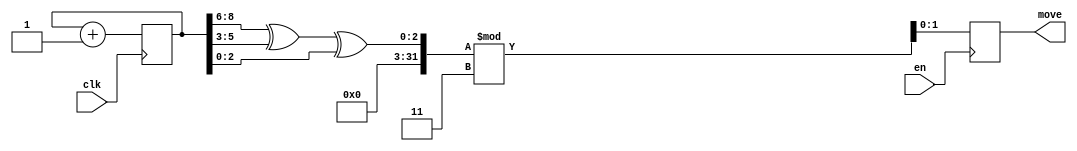
module CPUPlayer(clk, en, move);

input clk;
input en;
output [1:0] move;

reg [8:0] counter = 0;
reg [8:0] counter_d = 0;
reg [1:0] move_d = 2'b00;

assign move = move_d;

always@ (posedge en) begin
    move_d <= (counter[8:6] ^ counter[5:3] ^ counter[2:0]) % 3;
end

always@ (posedge clk) begin
    counter <= counter_d;
end

always@ (*) begin
    counter_d = counter + 1;
end

endmodule